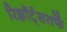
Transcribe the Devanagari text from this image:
रिझॉर्ट्‌सतर्फे